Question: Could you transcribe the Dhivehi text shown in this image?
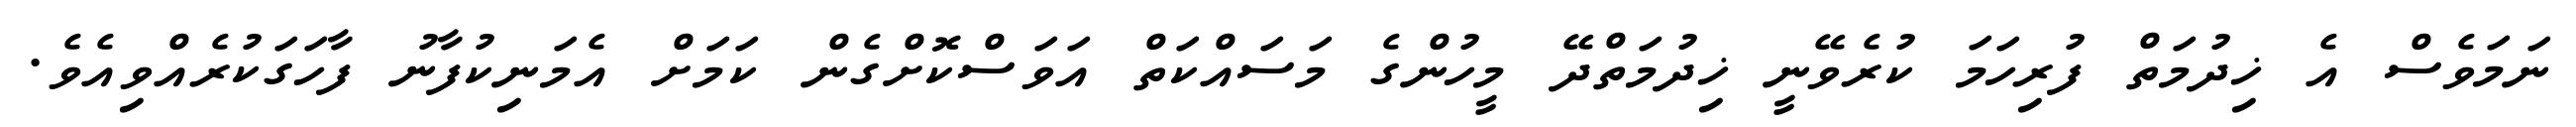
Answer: ނަމަވެސް އެ ޚިދުމަތް ފުރިހަމަ ކުރެވޭނީ ޚިދުމަތްދޭ މީހުންގެ މަސައްކަތް އަވަސްކޮށްގެން ކަމަށް އެމަނިކުފާނު ފާހަގަކުރެއްވިއެވެ.